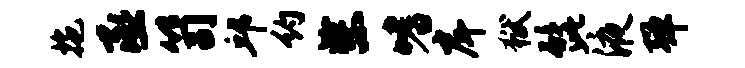
拖丞笥邱约柴嗜戽狱髭液弹